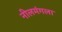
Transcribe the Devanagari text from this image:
नीलमंगला